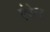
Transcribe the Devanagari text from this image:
ऐरेल